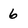
Character: 6